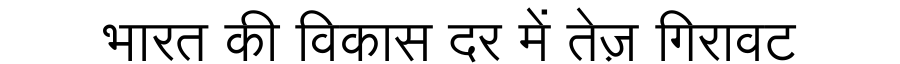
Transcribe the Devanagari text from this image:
भारत की विकास दर में तेज़ गिरावट